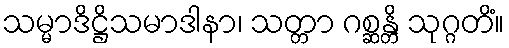
သမ္မာဒိဋ္ဌိသမာဒါနာ၊ သတ္တာ ဂစ္ဆန္တိ သုဂ္ဂတိံ။